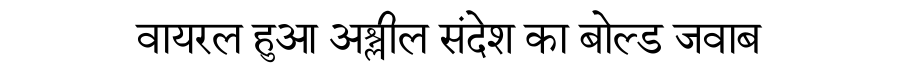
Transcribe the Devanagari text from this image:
वायरल हुआ अश्लील संदेश का बोल्ड जवाब